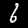
Digit: 6